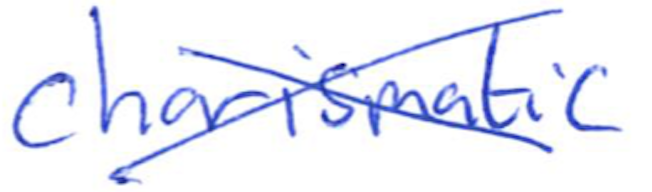
Text: charismatic
Cross-out: cross
Writing tool: ballpoint